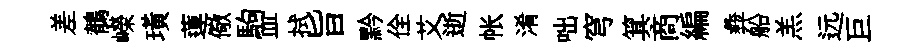
差鶺嶸璜蓮儆駒皿拭旨黔佺艾逝帐淆咄穹箕商編彜船羔远巨